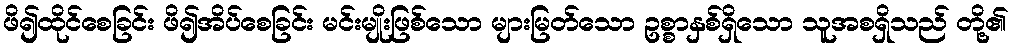
ဖိ၍ထိုင်စေခြင်း ဖိ၍အိပ်စေခြင်း မင်းမျိုးဖြစ်သော များမြတ်သော ဥစ္စာနှစ်ရှိသော သူအစရှိသည် တို့၏